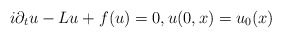
\begin{align*} i \partial_t u - Lu +f(u)=0, u(0,x)=u_{0}(x)\end{align*}